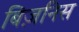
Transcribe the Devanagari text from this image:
बिज़निस